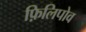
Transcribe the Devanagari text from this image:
फ़िलिपोव